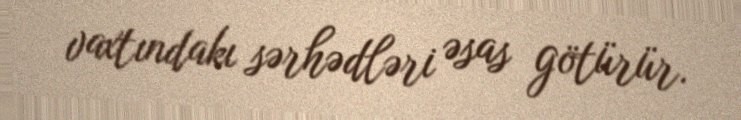
vaxtındakı sərhədləri əsas götürür.